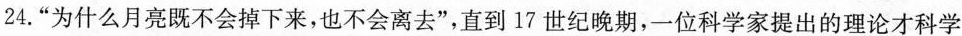
24.“为什么月亮既不会掉下来，也不会离去”，直到17世纪晚期，一位科学家提出的理论才科学